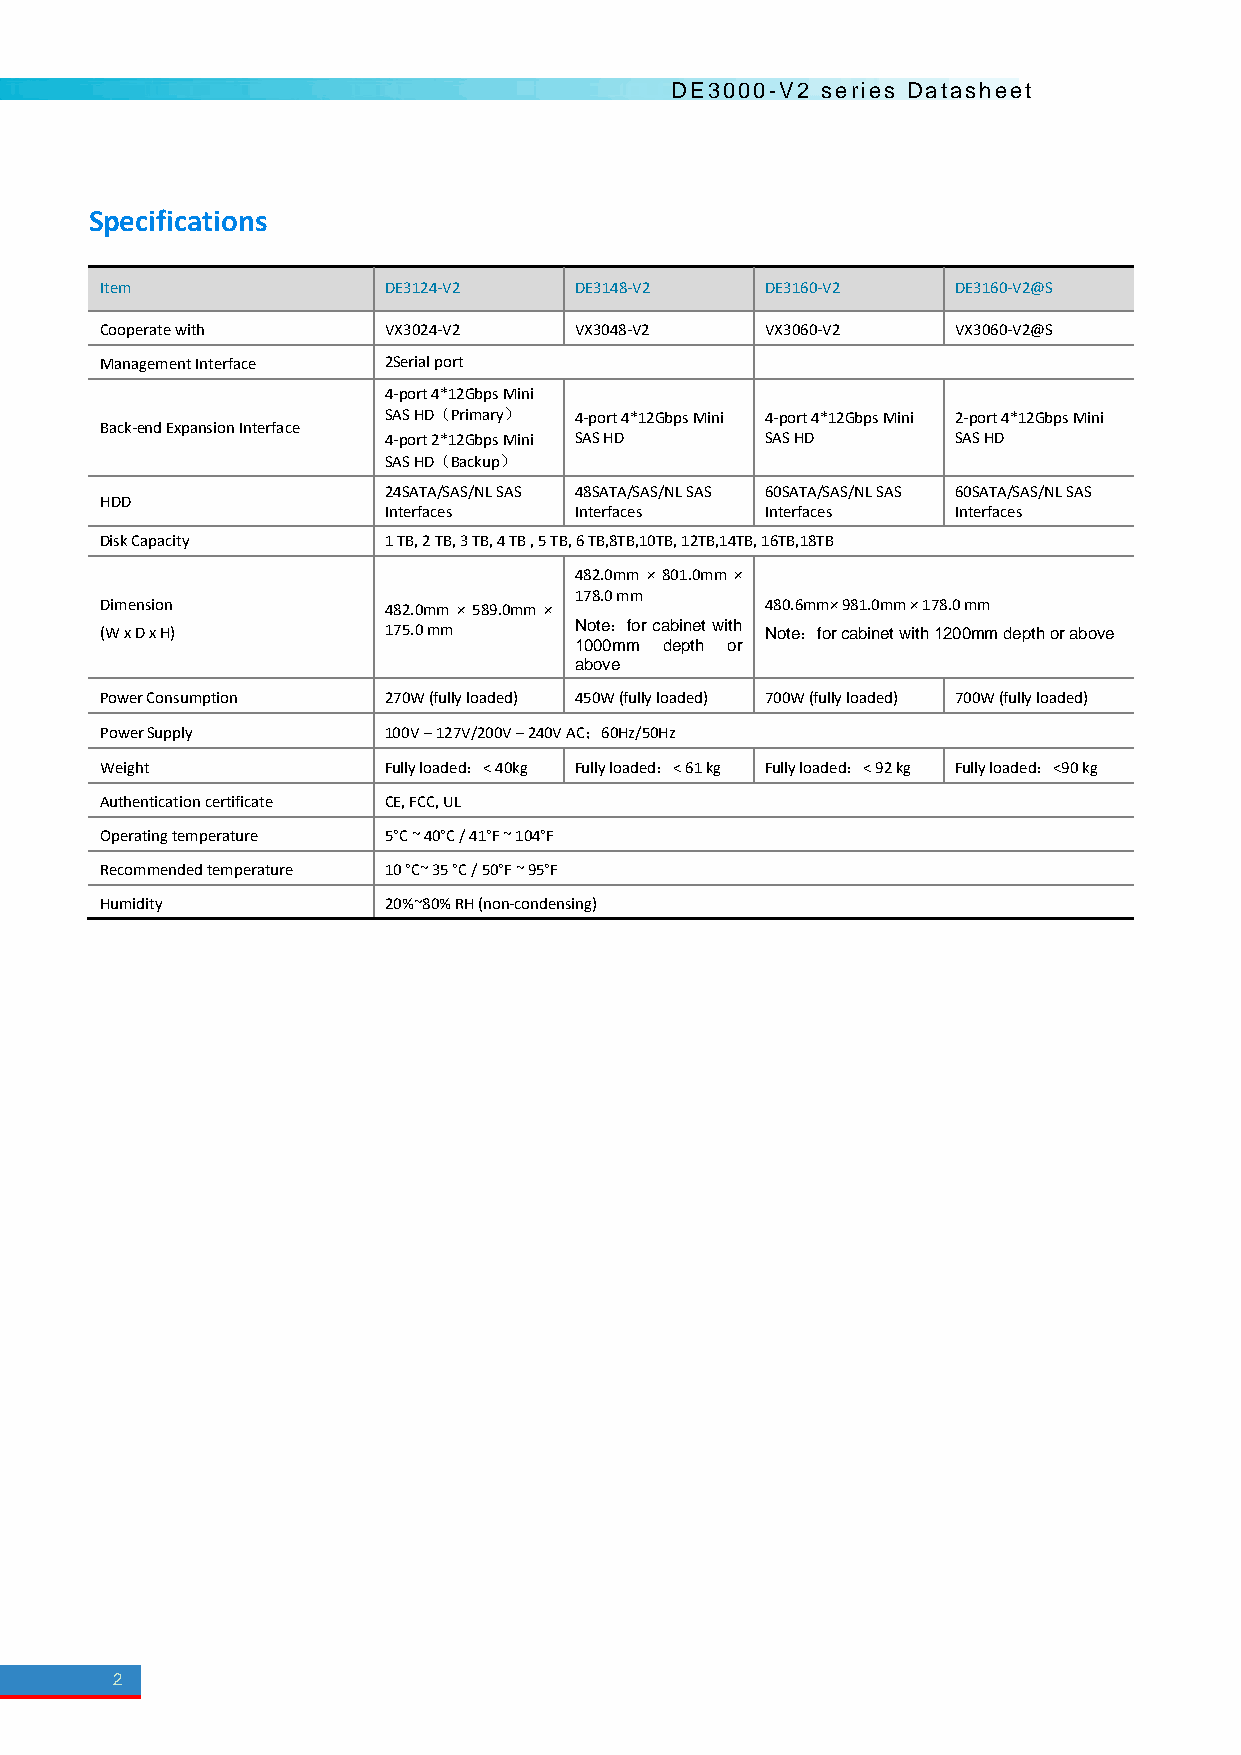
DE3000-V2 series Datasheet
 Specifications
 Item              DE3124-V2    DE3148-V2    DE3160-V2   DE3160-V2@S
 Cooperate with    VX3024-V2    VX3048-V2    VX3060-V2   VX3060-V2@S
 Management Interface 2Serial port
 4-port 4*12Gbps Mini
 SAS HD（Primary） 4-port 4*12Gbps Mini 4-port 4*12Gbps Mini 2-port 4*12Gbps Mini
 Back-end Expansion Interface
 4-port 2*12Gbps Mini SAS HD SAS HD    SAS HD
 SAS HD（Backup）
 24SATA/SAS/NL SAS 48SATA/SAS/NL SAS 60SATA/SAS/NL SAS 60SATA/SAS/NL SAS
 HDD
 Interfaces   Interfaces   Interfaces  Interfaces
 Disk Capacity     1 TB, 2 TB, 3 TB, 4 TB , 5 TB, 6 TB,8TB,10TB, 12TB,14TB, 16TB,18TB
 482.0mm × 801.0mm ×
 178.0 mm
 Dimension         482.0mm × 589.0mm ×       480.6mm× 981.0mm × 178.0 mm
 (W x D x H)       175.0 mm     Note：for cabinet with Note：for cabinet with 1200mm depth or above
 1000mm depth or
 above
 Power Consumption 270W (fully loaded) 450W (fully loaded) 700W (fully loaded) 700W (fully loaded)
 Power Supply      100V – 127V/200V – 240V AC；60Hz/50Hz
 Weight            Fully loaded：< 40kg Fully loaded：< 61 kg Fully loaded：< 92 kg Fully loaded：<90 kg
 Authentication certificate CE, FCC, UL
 Operating temperature 5°C ~ 40°C / 41°F ~ 104°F
 Recommended temperature 10 °C~ 35 °C / 50°F ~ 95°F
 Humidity          20%~80% RH (non-condensing)
 2